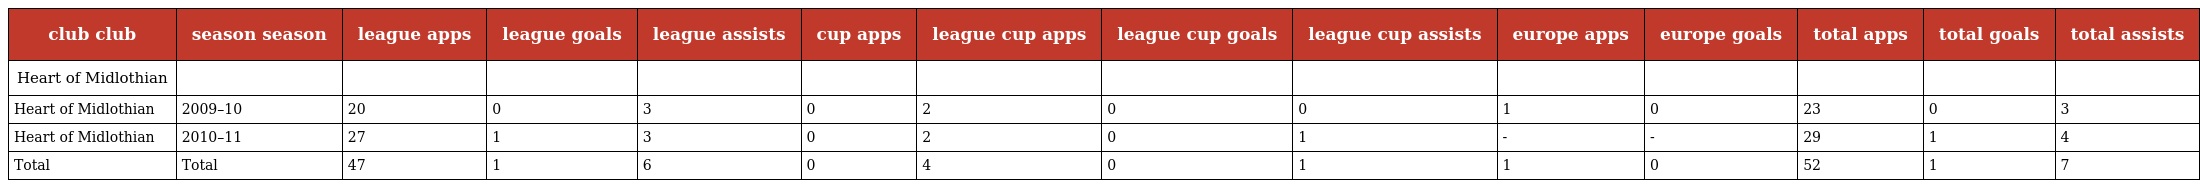
| club club | season season | league apps | league goals | league assists | cup apps | league cup apps | league cup goals | league cup assists | europe apps | europe goals | total apps | total goals | total assists |
 | --- | --- | --- | --- | --- | --- | --- | --- | --- | --- | --- | --- | --- | --- |
 | Heart of Midlothian |  |  |  |  |  |  |  |  |  |  |  |  |  |
 | Heart of Midlothian | 2009–10 | 20 | 0 | 3 | 0 | 2 | 0 | 0 | 1 | 0 | 23 | 0 | 3 |
 | Heart of Midlothian | 2010–11 | 27 | 1 | 3 | 0 | 2 | 0 | 1 | - | - | 29 | 1 | 4 |
 | Total | Total | 47 | 1 | 6 | 0 | 4 | 0 | 1 | 1 | 0 | 52 | 1 | 7 |